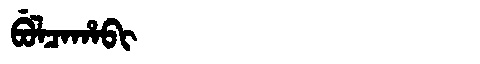
Manchu: ᠪᡠᠯᠴᠠᡥᠠᠪᡳ
Romanization: BULCAHABI